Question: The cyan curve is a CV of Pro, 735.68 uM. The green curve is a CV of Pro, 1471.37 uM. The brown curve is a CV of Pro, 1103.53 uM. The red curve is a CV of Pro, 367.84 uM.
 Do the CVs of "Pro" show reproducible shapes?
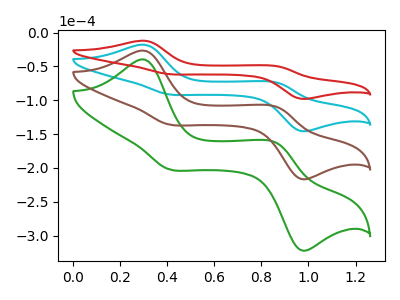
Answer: <think>The cyan curve "Pro, 735.68 uM" has anodic peaks at (0.30V, -17.95uA) (0.85V, -73.90uA) and cathodic peaks at (0.40V, -91.30uA) (0.95V, -145.20uA). The green curve "Pro, 1471.37 uM" has anodic peaks at (0.30V, -53.85uA) (0.85V, -221.75uA) and cathodic peaks at (0.40V, -273.95uA) (0.95V, -435.65uA). The brown curve "Pro, 1103.53 uM" has anodic peaks at (0.30V, -35.90uA) (0.85V, -147.80uA) and cathodic peaks at (0.40V, -182.65uA) (0.95V, -290.40uA). The red curve "Pro, 367.84 uM" has anodic peaks at (0.30V, -12.10uA) (0.85V, -49.70uA) and cathodic peaks at (0.40V, -61.40uA) (0.95V, -97.70uA).
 All the peaks in "Pro, 735.68 uM" have a peak in "Pro, 1471.37 uM" at the same potential. All the peaks in "Pro, 735.68 uM" have a peak in "Pro, 1103.53 uM" at the same potential. All the peaks in "Pro, 735.68 uM" have a peak in "Pro, 367.84 uM" at the same potential. All the peaks in "Pro, 1471.37 uM" have a peak in "Pro, 1103.53 uM" at the same potential. All the peaks in "Pro, 1471.37 uM" have a peak in "Pro, 367.84 uM" at the same potential. All the peaks in "Pro, 1103.53 uM" have a peak in "Pro, 367.84 uM" at the same potential.</think>
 <answer>All the CV's of "Pro" have similar shape.</answer>
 <eval>follow_rule</eval>